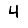
Digit: 4